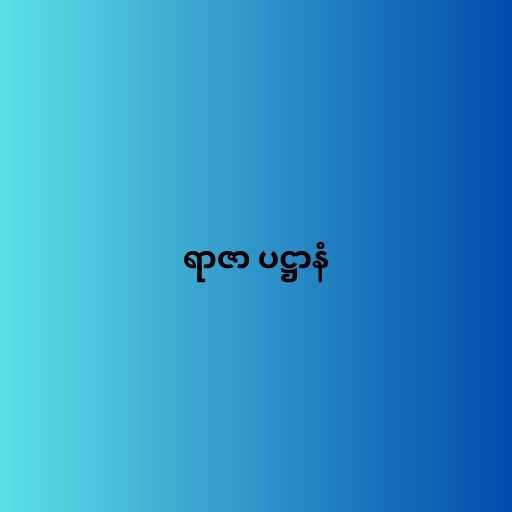
ရာဇာ ပဋ္ဌာနံ